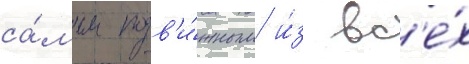
са́мым подв'и́жным и́з вс'е́х